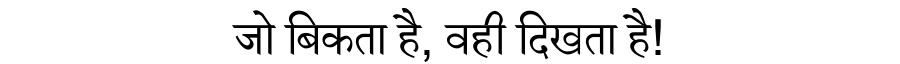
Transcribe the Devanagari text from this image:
जो बिकता है, वही दिखता है!